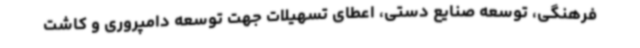
فرهنگی، توسعه صنایع دستی، اعطای تسهیلات جهت توسعه دامپروری و کاشت